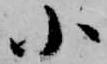
小